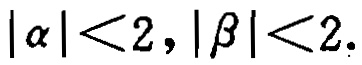
\(|\alpha|<2,|\beta|<2.\)